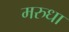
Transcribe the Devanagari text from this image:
मरुधा